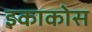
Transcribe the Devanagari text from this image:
इकाकोस